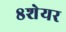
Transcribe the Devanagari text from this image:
८शेयर